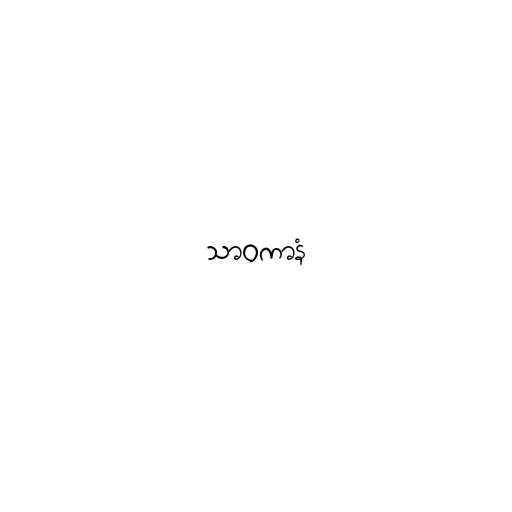
သာဝကာနံ